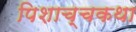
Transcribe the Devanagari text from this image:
पिशाच्चकथा